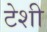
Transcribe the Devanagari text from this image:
टेशी